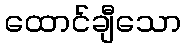
ထောင်ချီသော